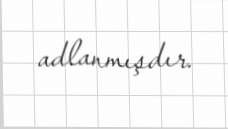
adlanmışdır.